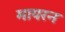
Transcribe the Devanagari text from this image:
मायरन